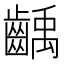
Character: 齲